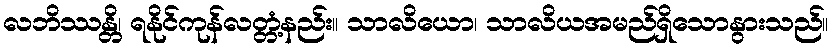
လဘိဿန္တိ၊ ရနိုင်ကုန်လတ္တံ့နည်း။ သာလိယော၊ သာလိယအမည်ရှိသောနွားသည်။